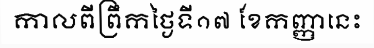
កាលពីព្រឹកថ្ងៃទី១៧ ខែកញ្ញានេះ